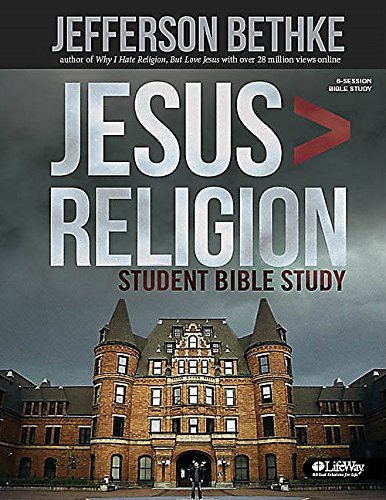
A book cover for Jesus > Religion: Bible Study; Jefferson Bethke; Christian Books & Bibles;